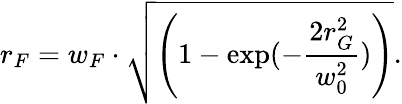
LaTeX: r_{F}=w_{F}\cdot\sqrt{\left(1-\exp(-\frac{2r_{G}^{2}}{w_{0}^{2}})\right)}.